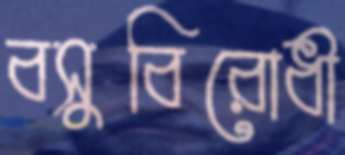
বসুবিরোধী